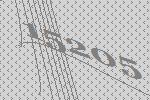
15205